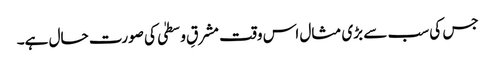
جس کی سب سے بڑی مثال اس وقت مشرقِ وسطیٰ کی صورت حال ہے۔